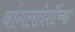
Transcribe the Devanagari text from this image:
बांगलादेशींच्या